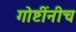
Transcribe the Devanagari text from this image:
गोष्टींनीच